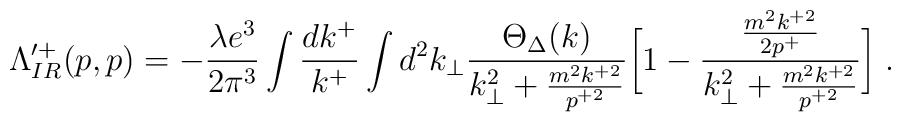
\Lambda^{\prime +}_{IR}(p,p)=-{{\lambda e^3} \over {2\pi^3}} \int {dk^+\over k^{+}}\int d^2k_\perp{\Theta_\Delta(k) \over {k_\perp^2 +{m^2k^{+2} \over p^{+2}}}}\biggl[ 1 - {{m^2k^{+2} \over 2p^+} \over{k_\perp^2 +{m^2k^{+2} \over p^{+2}}}} \biggr] \;.